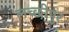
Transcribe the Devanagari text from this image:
लच्छीपुर